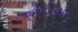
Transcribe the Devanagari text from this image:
पृथ्वीवरसुद्धा